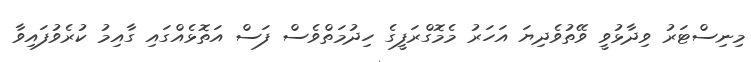
މިނިސްޓަރު ވިދާޅުވީ ވޭތުވެދިޔަ އަހަރު މެމޮގްރަފީގެ ހިދުމަތްވެސް ފަސް އަތޮޅެއްގައި ގާއިމު ކުރެވުފައިވާ